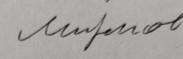
Signature authenticity: forged